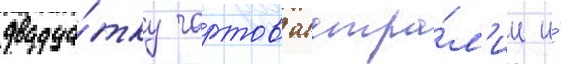
двадца́тку чартов австра́л'ии и́